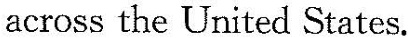
across the United States.